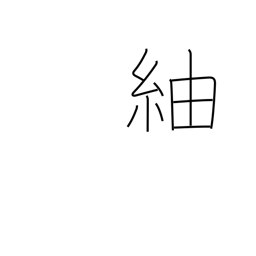
Meaning: pongee (a knotted silk cloth)